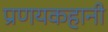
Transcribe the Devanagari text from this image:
प्रणयकहानी